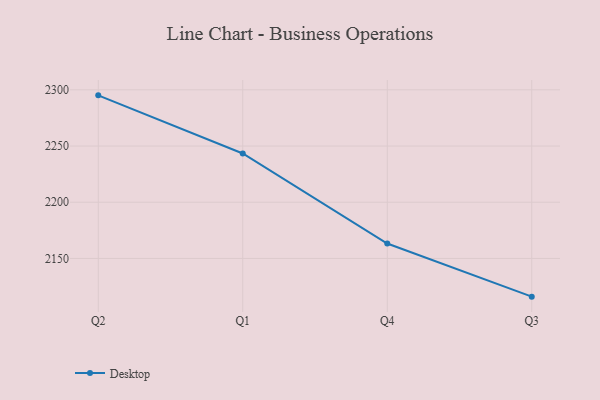
{"axis": {"x": "Quarter", "y": "Temperature (°C)"}, "legend": ["Desktop"], "data": [{"x": "Q2", "y": 2295.1, "type": "Desktop"}, {"x": "Q1", "y": 2243.4, "type": "Desktop"}, {"x": "Q4", "y": 2163.3, "type": "Desktop"}, {"x": "Q3", "y": 2116.0, "type": "Desktop"}]}